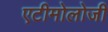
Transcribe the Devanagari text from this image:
एटीमोलोजी